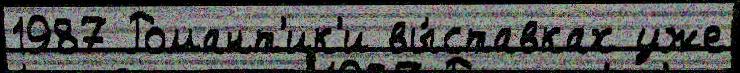
1987 Романт'ик'и вы́ставках уже